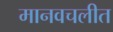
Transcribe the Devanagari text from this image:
मानवचलीत